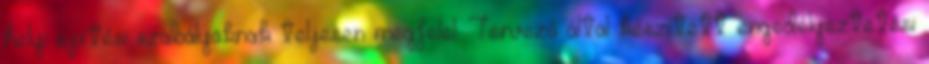
helyi építési szabályoknak teljesen megfelel. Tervező által készített engedélyeztetési